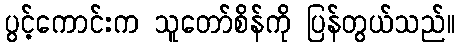
ပွင့်ကောင်းက သူတော်စိန်ကို ပြန်တွယ်သည်။